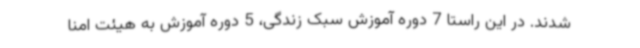
شدند. در این راستا 7 دوره آموزش سبک زندگی، 5 دوره آموزش به هیئت‌ امنا